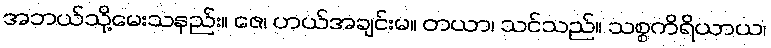
အဘယ်သို့မေးသနည်း။ ဇေ၊ ဟယ်အချင်းမ။ တယာ၊ သင်သည်။ သစ္စကိရိယာယ၊